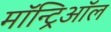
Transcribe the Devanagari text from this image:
मॉन्ट्रिऑल